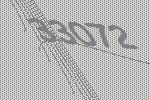
33072